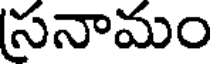
సనామం